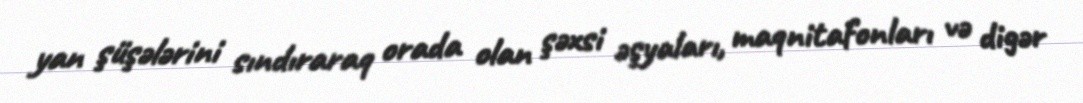
yan şüşələrini sındıraraq orada olan şəxsi əşyaları, maqnitafonları və digər